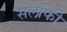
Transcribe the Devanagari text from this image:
सलाफी